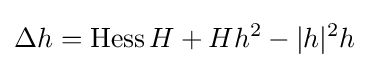
\Delta h=\operatorname {Hess} H+Hh^{2}-|h|^{2}h